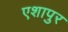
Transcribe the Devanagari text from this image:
एशापुर